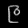
Digit: ၉